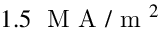
1 . 5 \; \mathrm { ~ M ~ A ~ } / \mathrm { ~ m ~ } ^ { 2 }